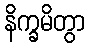
နိက္ခမိတွာ